Indian journal of veterinary science and animal husbandry - Volume 3,
Year: 1933
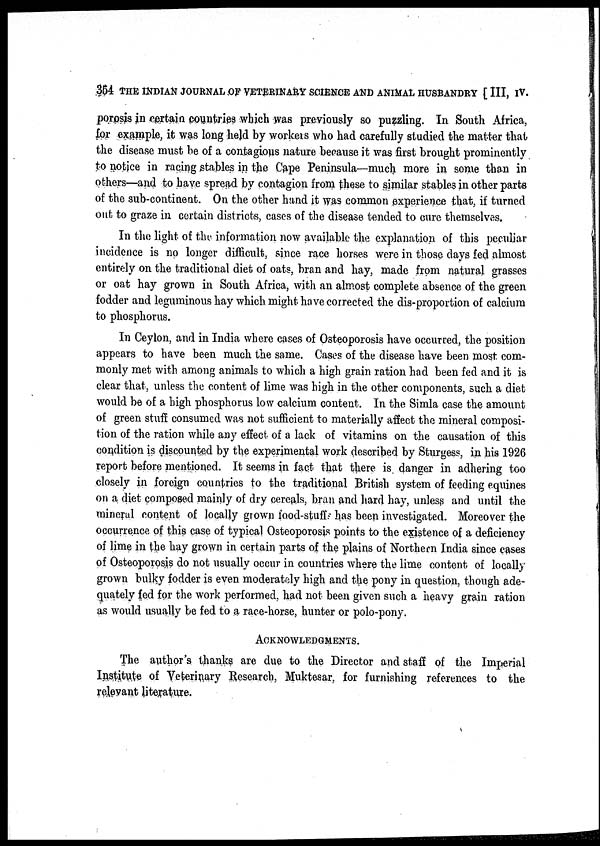
354 THE INDIAN JOURNAL OF VETERINARY SCIENCE AND ANIMAL HUSBANDRY [ III, IV.
porosis in certain countries which was previously so puzzling. In South Africa,
for example, it was long held by workers who had carefully studied the matter that
the disease must be of a contagious nature because it was first brought prominently
to notice in racing stables in the Cape Peninsula—much more in some than in
others—and to have spread by contagion from these to similar stables in other parts
of the sub-continent. On the other hand it was common experience that, if turned
out to graze in certain districts, cases of the disease tended to cure themselves.
In the light of the information now available the explanation of this peculiar
incidence is no longer difficult, since race horses were in those days fed almost
entirely on the traditional diet of oats, bran and hay, made from natural grasses
or oat hay grown in South Africa, with an almost complete absence of the green
fodder and leguminous hay which might have corrected the dis-proportion of calcium
to phosphorus.
In Ceylon, and in India where cases of Osteoporosis have occurred, the position
appears to have been much the same. Cases of the disease have been most com-
monly met with among animals to which a high grain ration had been fed and it is
clear that, unless the content of lime was high in the other components, such a diet
would be of a high phosphorus low calcium content. In the Simla case the amount
of green stuff consumed was not sufficient to materially affect the mineral composi-
tion of the ration while any effect of a lack of vitamins on the causation of this
condition is discounted by the experimental work described by Sturgess, in his 1926
report before mentioned. It seems in fact that there is danger in adhering too
closely in foreign countries to the traditional British system of feeding equines
on a diet composed mainly of dry cereals, bran and hard hay, unless and until the
mineral content of locally grown food-stuff has been investigated. Moreover the
occurrence of this case of typical Osteoporosis points to the existence of a deficiency
of lime in the hay grown in certain parts of the plains of Northern India since cases
of Osteoporosis do not usually occur in countries where the lime content of locally
grown bulky fodder is even moderately high and the pony in question, though ade-
quately fed for the work performed, had not been given such a heavy grain ration
as would usually be fed to a race-horse, hunter or polo-pony.
ACKNOWLEDGMENTS.
The author's thanks are due to the Director and staff of the Imperial
Institute of Veterinary Research, Muktesar, for furnishing references to the
relevant literature.